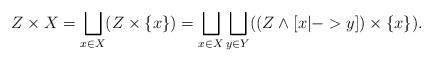
LaTeX: \begin{align*}Z \times X&= \bigsqcup_{x \in X} (Z \times \{x\})= \bigsqcup_{x \in X} \bigsqcup_{y \in Y} ((Z \wedge [x |-> y]) \times \{x\}).\end{align*}